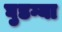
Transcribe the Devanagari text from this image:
घुडग्या